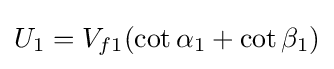
U_{1}=V_{f1}(\cot \alpha _{1}+\cot \beta _{1})